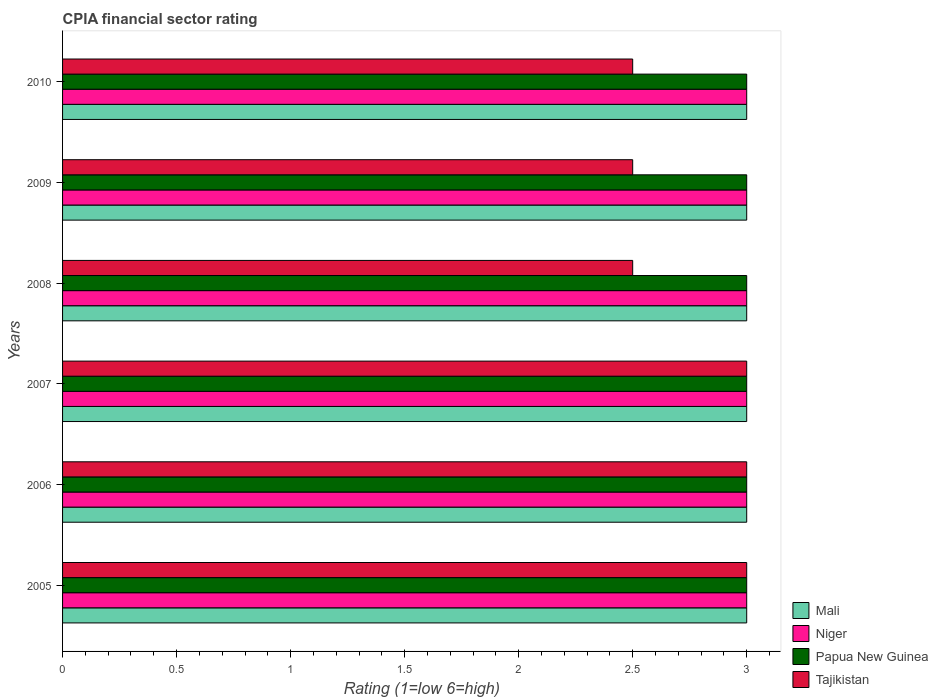
| Years | Mali | Niger | Papua New Guinea | Tajikistan |
 | --- | --- | --- | --- | --- |
 | 2005 | 3 | 3 | 3 | 3 |
 | 2006 | 3 | 3 | 3 | 3 |
 | 2007 | 3 | 3 | 3 | 3 |
 | 2008 | 3 | 3 | 3 | 2.5 |
 | 2009 | 3 | 3 | 3 | 2.5 |
 | 2010 | 3 | 3 | 3 | 2.5 |